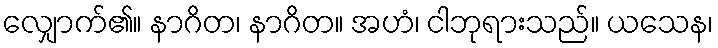
လျှောက်၏။ နာဂိတ၊ နာဂိတ။ အဟံ၊ ငါဘုရားသည်။ ယသေန၊